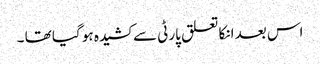
اس بعد انکا تعلق پارٹی سے کشیدہ ہو گیا تھا ۔